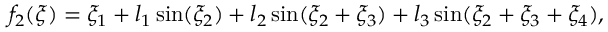
f _ { 2 } ( \xi ) = \xi _ { 1 } + l _ { 1 } \sin ( \xi _ { 2 } ) + l _ { 2 } \sin ( \xi _ { 2 } + \xi _ { 3 } ) + l _ { 3 } \sin ( \xi _ { 2 } + \xi _ { 3 } + \xi _ { 4 } ) ,